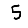
Digit: 5